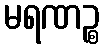
မရဏဉ္စ